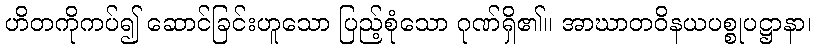
ဟိတကိုကပ်၍ ဆောင်ခြင်းဟူသော ပြည့်စုံသော ဂုဏ်ရှိ၏။ အာဃာတဝိနယပစ္စုပဋ္ဌာနာ၊